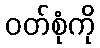
ဝတ်စုံကို